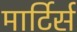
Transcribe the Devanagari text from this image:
मार्टिर्स